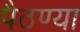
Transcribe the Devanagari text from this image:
पैठण्या